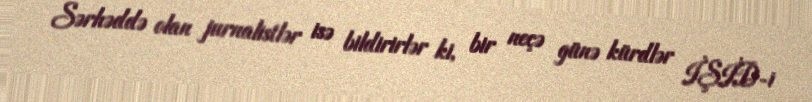
Sərhəddə olan jurnalistlər isə bildirirlər ki, bir neçə günə kürdlər İŞİD-i